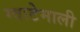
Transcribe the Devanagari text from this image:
ग्वाटेमाली